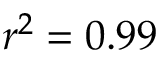
r ^ { 2 } = 0 . 9 9